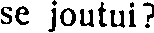
se joutui?